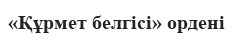
«Құрмет белгісі» ордені